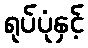
ရုပ်ပုံနှင့်